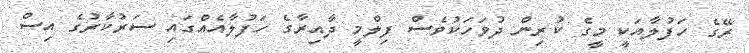
ރޭގެ ހަފުލާއަކީ މީގެ ކުރިން ދުވަހަކުވެސް ފިލްމީ ދާއިރާގެ ހަފުލާއެއްގައި ސަރުކާރުގެ އިސް